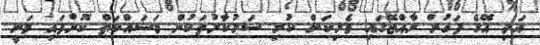
އަދި އޭގެ ފަހުން ރާއްޖޭގައި ވެރިކަން ކުރި ސަރުކާރުތަކުން މަސައްކަތް ކޮށްފައި ވަނީ